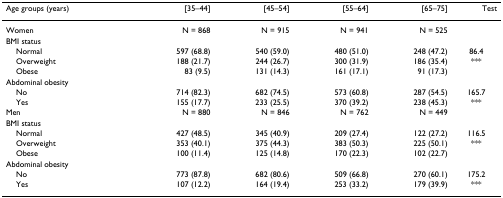
| Age groups (years) | [35–44] | [45–54] | [55–64] | [65–75] | Test |
 | --- | --- | --- | --- | --- | --- |
 | Women | N = 868 | N = 915 | N = 941 | N = 525 |  |
 | BMI status |  |  |  |  |  |
 | Normal | 597 (68.8) | 540 (59.0) | 480 (51.0) | 248 (47.2) | 86.4 |
 | Overweight | 188 (21.7) | 244 (26.7) | 300 (31.9) | 186 (35.4) | *** |
 | Obese | 83 (9.5) | 131 (14.3) | 161 (17.1) | 91 (17.3) |  |
 | Abdominal obesity |  |  |  |  |  |
 | No | 714 (82.3) | 682 (74.5) | 573 (60.8) | 287 (54.5) | 165.7 |
 | Yes | 155 (17.7) | 233 (25.5) | 370 (39.2) | 238 (45.3) | *** |
 | Men | N = 880 | N = 846 | N = 762 | N = 449 |  |
 | BMI status |  |  |  |  |  |
 | Normal | 427 (48.5) | 345 (40.9) | 209 (27.4) | 122 (27.2) | 116.5 |
 | Overweight | 353 (40.1) | 375 (44.3) | 383 (50.3) | 225 (50.1) | *** |
 | Obese | 100 (11.4) | 125 (14.8) | 170 (22.3) | 102 (22.7) |  |
 | Abdominal obesity |  |  |  |  |  |
 | No | 773 (87.8) | 682 (80.6) | 509 (66.8) | 270 (60.1) | 175.2 |
 | Yes | 107 (12.2) | 164 (19.4) | 253 (33.2) | 179 (39.9) | *** |